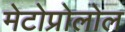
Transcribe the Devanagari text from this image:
मेटोप्रोलोल